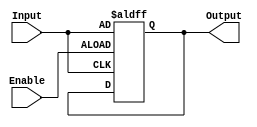
module EnableLatch (
    input wire Enable,
    input wire Input,
    output reg Output
);

always @(posedge Enable or posedge Input)
begin
    if (Enable)
        Output <= Input;
end

endmodule